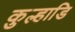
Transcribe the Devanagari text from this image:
कुल्हाडि